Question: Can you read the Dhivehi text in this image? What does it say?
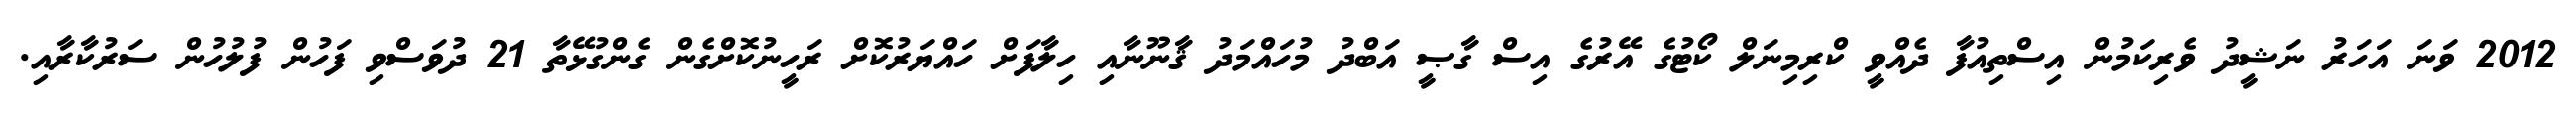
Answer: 2012 ވަނަ އަހަރު ނަޝީދު ވެރިކަމުން އިސްތިއުފާ ދެއްވީ ކްރިމިނަލް ކޯޓުގެ އޭރުގެ އިސް ގާޞީ އަބްދު މުހައްމަދު ޤާނޫނާއި ހިލާފަށް ހައްޔަރުކޮށް ރަހީނުކޮށްގެން ގެންގުޅޭތާ 21 ދުވަސްވި ފަހުން ފުލުހުން ސަރުކާރާއި.